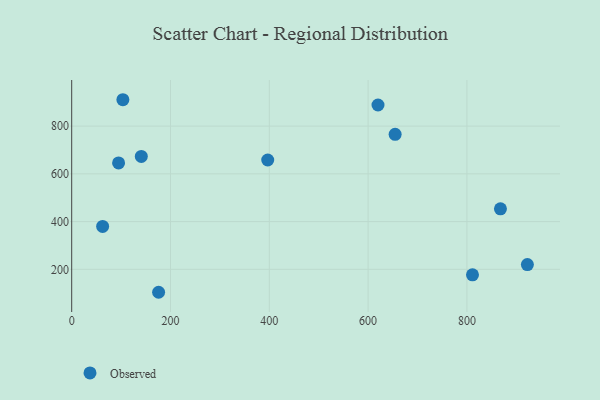
{"axis": {"x": "Investment", "y": "Exam Score"}, "legend": ["Observed"], "data": [{"x": "867.9", "y": 453.5, "type": "Observed"}, {"x": "140.9", "y": 672.9, "type": "Observed"}, {"x": "62.6", "y": 379.7, "type": "Observed"}, {"x": "94.9", "y": 645.9, "type": "Observed"}, {"x": "103.6", "y": 910.7, "type": "Observed"}, {"x": "620.0", "y": 888.6, "type": "Observed"}, {"x": "396.8", "y": 658.0, "type": "Observed"}, {"x": "175.9", "y": 103.7, "type": "Observed"}, {"x": "654.7", "y": 765.6, "type": "Observed"}, {"x": "922.4", "y": 219.8, "type": "Observed"}, {"x": "811.3", "y": 177.0, "type": "Observed"}]}